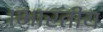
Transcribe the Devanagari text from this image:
।भारतीय